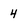
Character: 4